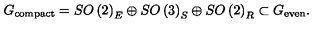
G _ { \mathrm { c o m p a c t } } = S O \left( 2 \right) _ { E } \oplus S O \left( 3 \right) _ { S } \oplus S O \left( 2 \right) _ { R } \subset G _ { \mathrm { e v e n } } .